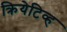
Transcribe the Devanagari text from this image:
क्रियेटिव्ह